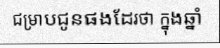
ជម្រាបជូនផងដែរថា ក្នុងឆ្នាំ